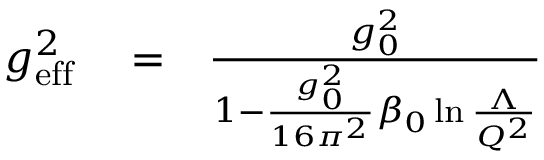
\begin{array} { r l r } { g _ { \mathrm { e f f } } ^ { 2 } } & { { } = } & { { \frac { g _ { 0 } ^ { 2 } } { 1 - { \frac { g _ { 0 } ^ { 2 } } { 1 6 \pi ^ { 2 } } } \beta _ { 0 } \ln { \frac { \Lambda } { Q ^ { 2 } } } } } } \end{array}